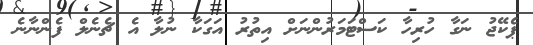
ޕެކޭޖު ނަގާ ހުރިހާ ކަސްޓަމަރުންނަށް އިތުރު އަގަކާ ނުލާ އެ ޗެނެލް ފެންނާނެ